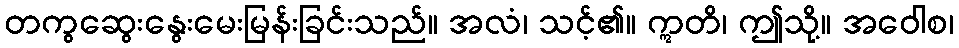
တကွဆွေးနွေးမေးမြန်းခြင်းသည်။ အလံ၊ သင့်၏။ ဣတိ၊ ဤသို့။ အဝေါစ၊